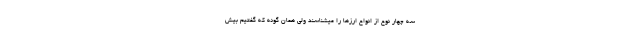
سه چهار نوع از انواع ارزها را میشناسند ولی همان گونه که گفتیم بیش